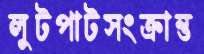
লুটপাটসংক্রান্ত